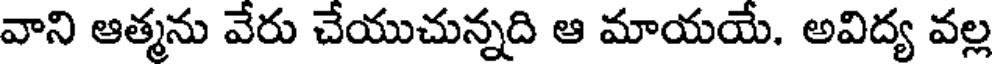
వాని ఆత్మను వేరు చేయుచున్నది ఆ మాయయే. అవిద్య వల్ల